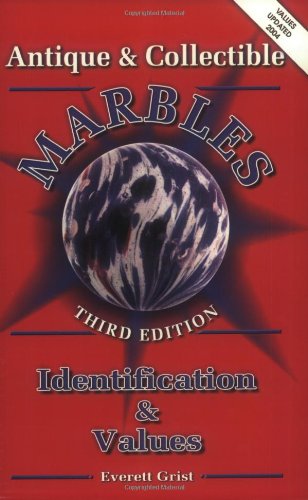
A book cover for Antique and Collectible Marbles: Identification & Values, 3rd Edition; Everett Grist; Crafts, Hobbies & Home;